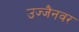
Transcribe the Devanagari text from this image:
उज्जैनवर